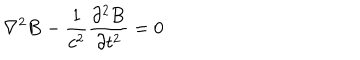
{ \bf \nabla } ^ { 2 } { \bf B } - { \frac { 1 } { c ^ { 2 } } } { \frac { \partial ^ { 2 } { \bf B } } { \partial t ^ { 2 } } } = 0